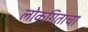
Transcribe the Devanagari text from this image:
लोकगिताचा